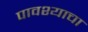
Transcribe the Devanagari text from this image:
पावश्याचा